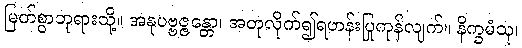
မြတ်စွာဘုရားသို့။ အနုပဗ္ဗဇ္ဇန္တော၊ အတုလိုက်၍ရဟန်းပြုကုန်လျက်။ နိက္ခမံသု၊